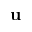
\mathbf { u }